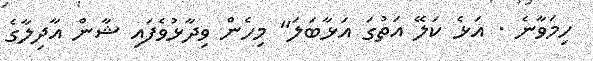
ހިމަވާނެ . އަޅެ ކަލޭ އަތުގަ އަޅާބަލަ" މިހެން ވިދާޅުވެފައި ޝާން އާދިލާގެ